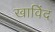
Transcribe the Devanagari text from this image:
खाविंद